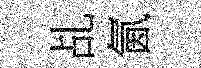
乩氤